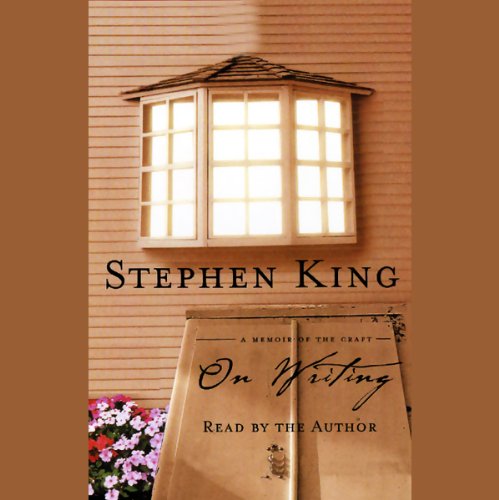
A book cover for On Writing: A Memoir of the Craft; Stephen King; Reference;